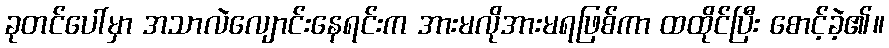
ခုတင်ပေါ်မှာ အသာလဲလျောင်းနေရင်းက အားမလိုအားမရဖြစ်ကာ ထထိုင်ပြီး စောင့်ခဲ့၏။